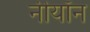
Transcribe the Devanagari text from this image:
नीयॉन